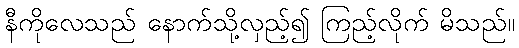
နီကိုလေသည် နောက်သို့လှည့်၍ ကြည့်လိုက် မိသည်။